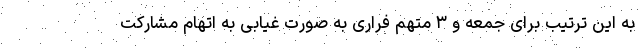
به این ترتیب برای جمعه و ۳ متهم فراری به صورت غیابی به اتهام مشارکت